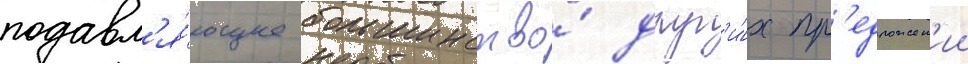
подавл'я́ющее большинство́ друг'и́х пр'едложен'ии